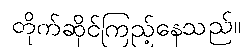
တိုက်ဆိုင်ကြည့်နေသည်။